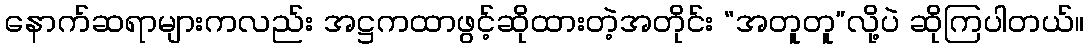
နောက်ဆရာများကလည်း အဋ္ဌကထာဖွင့်ဆိုထားတဲ့အတိုင်း “အတူတူ”လို့ပဲ ဆိုကြပါတယ်။